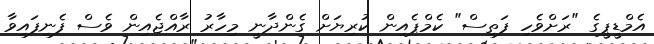
އެމްޑީޕީގެ "ރަށްވެހި ފަތިސް" ކެމްޕެއިން ކުރިޔަށް ގެންދާނީ މިހާރު ރާއްޖެއިން ވެސް ފެނިފައިވާ